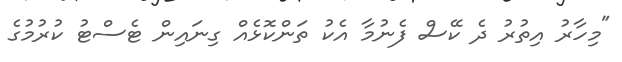
"މިހާރު އިތުރު ދެ ކޭސް ފެނުމާ އެކު ތަންކޮޅެއް ގިނައިން ޓެސްޓު ކުރުމުގެ